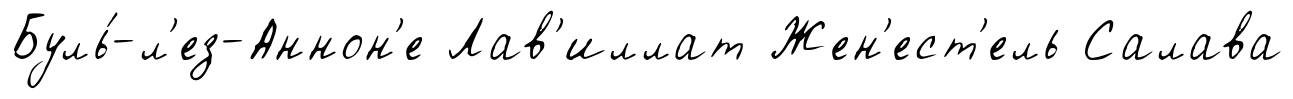
Буль́-л'ез-Аннон'е Лав'иллат Жен'ест'ель Салава